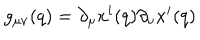
LaTeX: g _ { \mu \nu } ( q ) = \partial _ { \mu } x ^ { i } ( q ) \partial _ { \nu } x ^ { i } ( q )